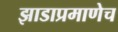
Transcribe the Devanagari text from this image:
झाडाप्रमाणेच